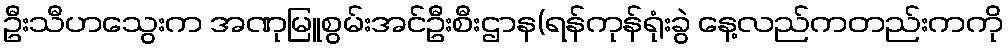
ဦးသီဟသွေးက အဏုမြူစွမ်းအင်ဦးစီးဌာန(ရန်ကုန်ရုံးခွဲ နေ့လည်ကတည်းကကို